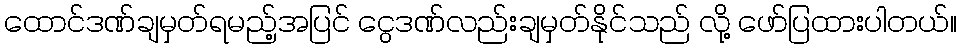
ထောင်ဒဏ်ချမှတ်ရမည့်အပြင် ငွေဒဏ်လည်းချမှတ်နိုင်သည် လို့ ဖော်ပြထားပါတယ်။